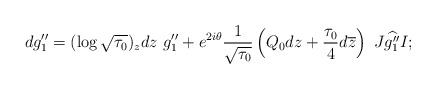
\begin{align*}dg_1''=(\log\sqrt{\tau_0})_zdz\ g''_1+e^{2i\theta}\frac{1}{\sqrt{\tau_0}}\left(Q_0dz+\frac{\tau_0}{4}d\overline{z}\right)\ J\widehat{g_1''}I;\end{align*}